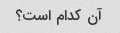
آن کدام است؟